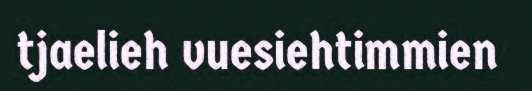
tjaelieh vuesiehtimmien